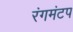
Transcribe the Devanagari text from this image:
रंगमंटप